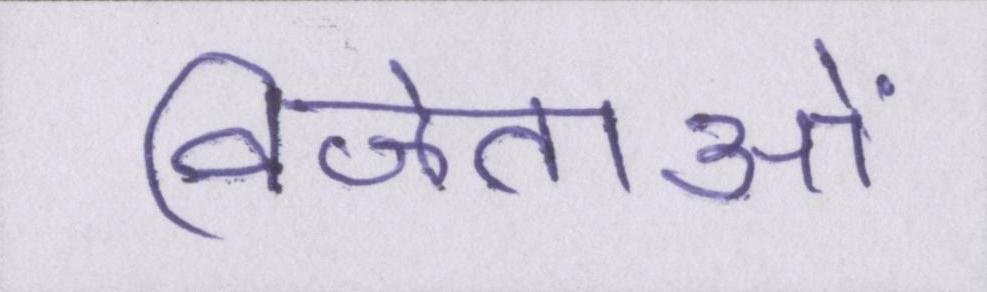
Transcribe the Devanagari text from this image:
विजेताओं